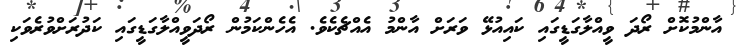
އާންމުކޮށް ރޯދަ ވީއްލާގަޑީގައި ކައިއުޅޭ ވަރަށް އާންމު އެއްޗެކެވެ. އެހެންކަމުން ރޯދަވީއްލާގަޑީގައި ކަދުރަށްވުރެވަކި